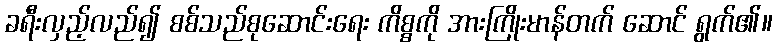
ခရီးလှည့်လည်၍ စစ်သည်စုဆောင်းရေး ကိစ္စကို အားကြိုးမာန်တက် ဆောင် ရွက်၏။